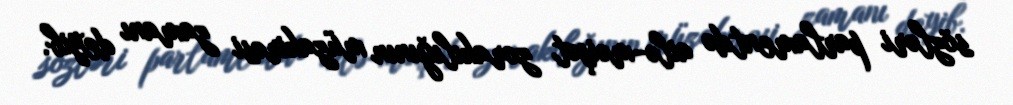
sözləri parlamentdə ailə-məişət zorakılığının müzakirəsi zamanı deyib.